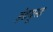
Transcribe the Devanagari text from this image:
इंडयूस्ड